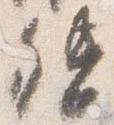
督